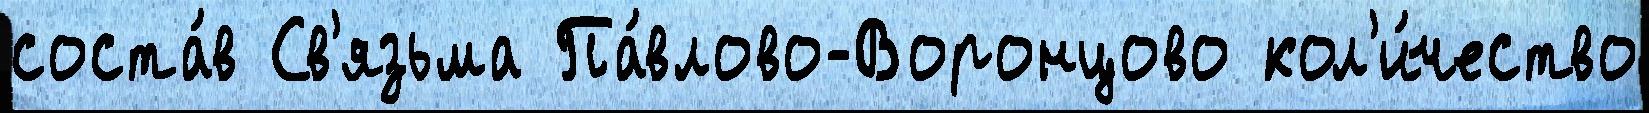
соста́в Св'язьма Па́влово-Воронцово кол'и́чество